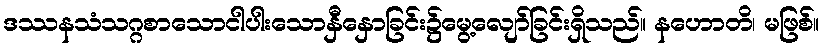
ဒဿနသံသဂ္ဂစာသောငါပါးသောနှီနှောခြင်း၌မွေ့လျော်ခြင်းရှိသည်။ နဟောတိ၊ မဖြစ်။